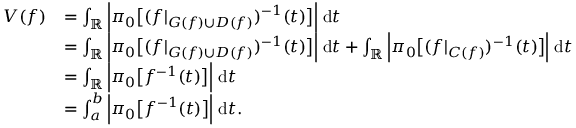
\begin{array} { r l } { V ( f ) } & { = \int _ { \mathbb { R } } \Big | \pi _ { 0 } \big [ ( f | _ { G ( f ) \cup D ( f ) } ) ^ { - 1 } ( t ) \big ] \Big | \; \mathrm { d } t } \\ & { = \int _ { \mathbb { R } } \Big | \pi _ { 0 } \big [ ( f | _ { G ( f ) \cup D ( f ) } ) ^ { - 1 } ( t ) \big ] \Big | \; \mathrm { d } t + \int _ { \mathbb { R } } \Big | \pi _ { 0 } \big [ ( f | _ { C ( f ) } ) ^ { - 1 } ( t ) \big ] \Big | \; \mathrm { d } t } \\ & { = \int _ { \mathbb { R } } \Big | \pi _ { 0 } \big [ f ^ { - 1 } ( t ) \big ] \Big | \; \mathrm { d } t } \\ & { = \int _ { a } ^ { b } \Big | \pi _ { 0 } \big [ f ^ { - 1 } ( t ) \big ] \Big | \; \mathrm { d } t . } \end{array}